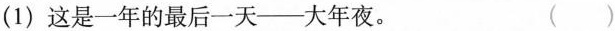
(1)这是一年的最后一天——大年夜。 ( )